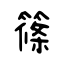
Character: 篠